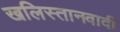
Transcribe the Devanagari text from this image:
खलिस्तानवादी